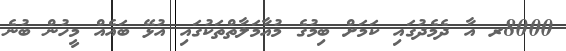
8000ރ އާ ދެމެދުގައި ކަމަށް ބިމުގެ މުއާމަލާތްތަކުގައި އުޅޭ ބައެއް މީހުން ބުނެ